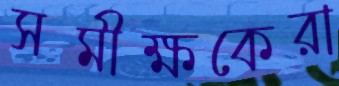
সমীক্ষকেরা